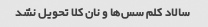
سالاد کلم سس‌ها و نان کلا تحویل نشد